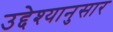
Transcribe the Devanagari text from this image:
उद्देश्यानुसार